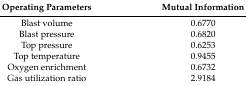
| Operating Parameters | Mutual Information |
 | --- | --- |
 | Blast volume | 0.6770 |
 | Blast pressure | 0.6820 |
 | Top pressure | 0.6253 |
 | Top temperature | 0.9455 |
 | Oxygen enrichment | 0.6732 |
 | Gas utilization ratio | 2.9184 |